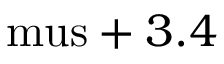
\mathrm { \ m u s } + 3 . 4